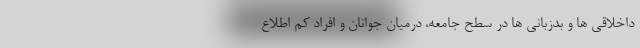
داخلاقی ها و بدزبانی ها در سطح جامعه، درمیان جوانان و افراد کم اطلاع